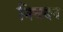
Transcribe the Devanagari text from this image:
निवदन